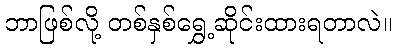
ဘာဖြစ်လို့ တစ်နှစ်ရွှေ့ဆိုင်းထားရတာလဲ။